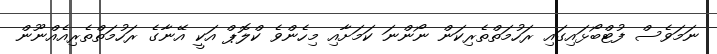
ނަމަވެސް ފުޓްބޯޅައިގައި ރަހުމަތްތެރިކަން ނޯންނަ ކަމަށާއި މިހެންވެ ކްލޮޕް އަކީ އޭނާގެ ރަހުމަތްތެރިއެއްނޫން